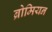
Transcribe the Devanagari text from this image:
ब्रोमियन